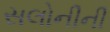
સલોનીની